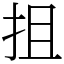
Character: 抯